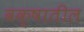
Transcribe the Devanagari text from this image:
वक्षातील